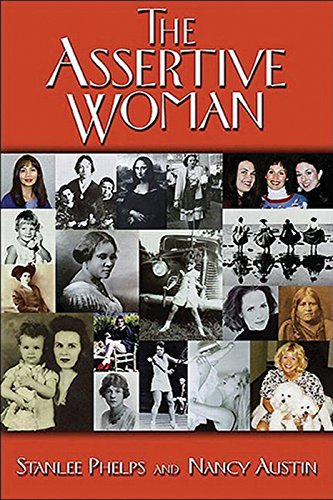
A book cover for The Assertive Woman (Personal Growth); Stanlee Phelps; Health, Fitness & Dieting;